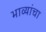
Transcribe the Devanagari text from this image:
भाव्यांचा